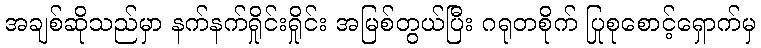
အချစ်ဆိုသည်မှာ နက်နက်ရှိုင်းရှိုင်း အမြစ်တွယ်ပြီး ဂရုတစိုက် ပြုစုစောင့်ရှောက်မှ